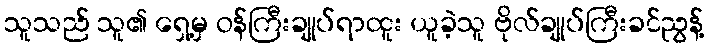
သူသည် သူ၏ ရှေ့မှ ဝန်ကြီးချုပ်ရာထူး ယူခဲ့သူ ဗိုလ်ချုပ်ကြီးခင်ညွန့်